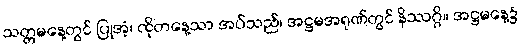
သတ္တမနေ့တွင် ပြုအံ့၊ ထိုတနေ့သာ အပ်သည်၊ အဋ္ဌမအရုဏ်တွင် နိဿဂ္ဂိ။ အဋ္ဌမနေ့၌